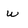
Character: w